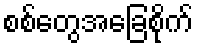
စစ်တွေအခြေစိုက်